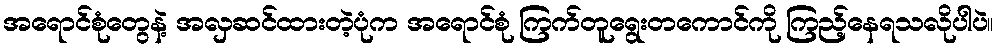
အရောင်စုံတွေနဲ့ အလှဆင်ထားတဲ့ပုံက အရောင်စုံ ကြက်တူရွေးတကောင်ကို ကြည့်နေရသလိုပါပဲ။